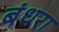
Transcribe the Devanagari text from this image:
बंधरा